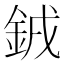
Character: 銊